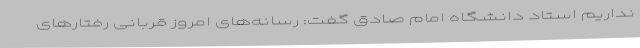
نداریم استاد دانشگاه امام صادق گفت: رسانه‌های امروز قربانی رفتارهای